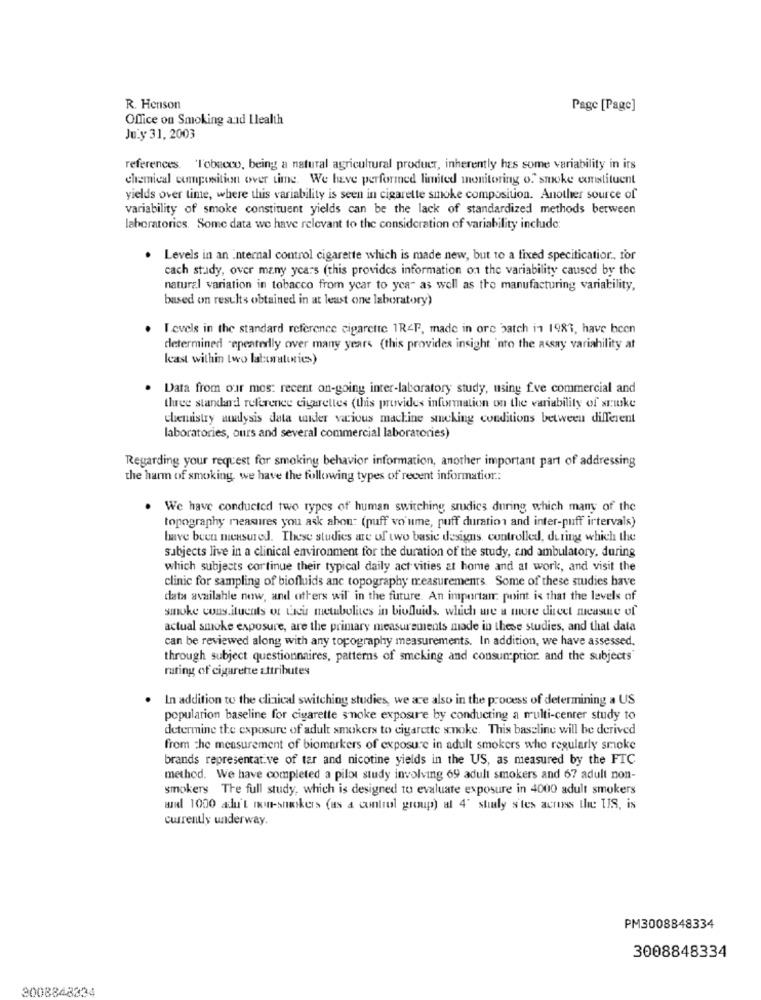
R. Henson
Page [Page]
Office on Smoking and Ilealth
July 31, 2003
references. 'l'obacco, being a natural agricultural product, inherently has some variability in irs
chemical composition over time. We have performed limited monitoring of smoke constituent
yields over time, where this variability is seen in cigarette smoke composition. Another source of
variability of smoke constituent yields can be the lack of standardized methods between
laboratorics. Some data we have relevant to the consideration of variability include:
Levels in an internal control cigarette which is made new, but to a fixed speciticatior ., for
cach study, over many years (this provides information on the variability caused by the
natural variation in tobacco from year to yca- as well as the manufacturing variability,
based on results obtained in at least one laboratory)
I cvels in the standard reference cigarette 1R&F, made in ore batch in 1981, have been
determined "epeatedlly over many years (this provides insight 'nto the assay variability at
least within two laboratories)
Data from our mos: recent on-going inter-laboratory study, using f.ve commercial and
three standard reference cigarettes (this provides information on the variability of srike
chemistry analysis data under various machine smoking conditions between different
laboratories, ours and several commercial laboratories)
Regarding your request for smoking behavior information, another important part of addressing
the harm of smoking, we have the following types of recent information .:
We have conducted two types of human switching srudics during which many of the
topography measures you ask ahon: (puff vo'ume, puff duration and inter-puff irtervals)
have been measured. These studies are of two basic designs, controlled, during which the
subjects live in a clinical environment for the duration of the study, and ambulatory, during
which subjects cortinue their typical daily act vities at home and at work, and visit the
clinic for sampling of biofluids anc topography measurements. Some of these studies have
data available now, and others wil' in the future. An important point is that the levels of
smoke cons.ituents of Lieu metabolites in biofluids, which we a more dieet measure of
actual smoke exposure, are the primary measurements made in these studies, and that data
can be reviewed along with any topography measurements. In addition, we have assessed.
through subject questionnaires, patterns of smoking and consumption and the subjects'
rating of cigarette attributes
. In addition to the clinical switching studies, we are also in the process of determining a US
population baseline for cigarette smoke exposure by conducting a multi-center study to
determine the exposure of adult smokers to cigarette smoke. This baseline will be derived
from the measurement of biomarkers of exposure in adult smokers who regularly smoke
brands representative of tar and nicotine yields in the US, as measured by the FTC
method. We have completed a pilot study involving 69 adult smokers and 67 adult non-
smokers The full study, which is designed to evaluate exposure in 4000 adult smokers
wrd 1000 addu't non-smokers (as a control group) al 4' studly s'tes across the US, is
currently underway.
PM3008848334
3008848334
3008848334